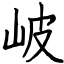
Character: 岥